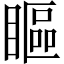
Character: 瞘